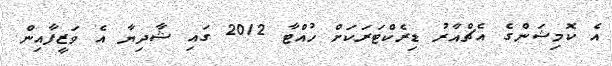
އެ ކޮމިޝަންގެ އެޗްއާރު ޑިރެކްޓަރަކަށް ހުއްޓާ 2012 ގައި ޝާދިޔާ އެ ވަޒީފާއިން